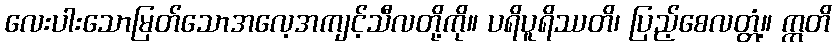
လေးပါးသောမြတ်သောအလေ့အကျင့်သီလတို့ကို။ ပရိပူရိဿတိ၊ ပြည့်စေလတ္တံ့။ ဣတိ